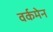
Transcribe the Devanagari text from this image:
वर्कमेन